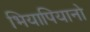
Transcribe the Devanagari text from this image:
भियापियानो